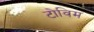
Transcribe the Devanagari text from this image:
टोविम